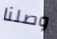
وصلنا